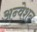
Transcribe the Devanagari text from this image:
अन्वेशन